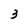
Character: 3